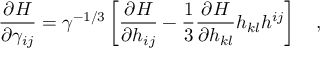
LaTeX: \frac { \partial H } { \partial \gamma _ { i j } } = \gamma ^ { - 1 / 3 } \left[ \frac { \partial H } { \partial h _ { i j } } - \frac { 1 } { 3 } \frac { \partial H } { \partial h _ { k l } } h _ { k l } h ^ { i j } \right] ~ ~ ~ ,